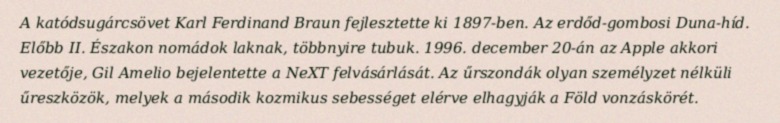
A katódsugárcsövet Karl Ferdinand Braun fejlesztette ki 1897-ben. Az erdőd-gombosi Duna-híd. Előbb II. Északon nomádok laknak, többnyire tubuk. 1996. december 20-án az Apple akkori vezetője, Gil Amelio bejelentette a NeXT felvásárlását. Az űrszondák olyan személyzet nélküli űreszközök, melyek a második kozmikus sebességet elérve elhagyják a Föld vonzáskörét.